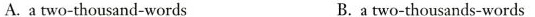
A.atwo-thousand-words B.a two-thousands-words